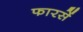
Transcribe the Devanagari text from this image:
फारसें